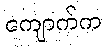
ကျောက်က